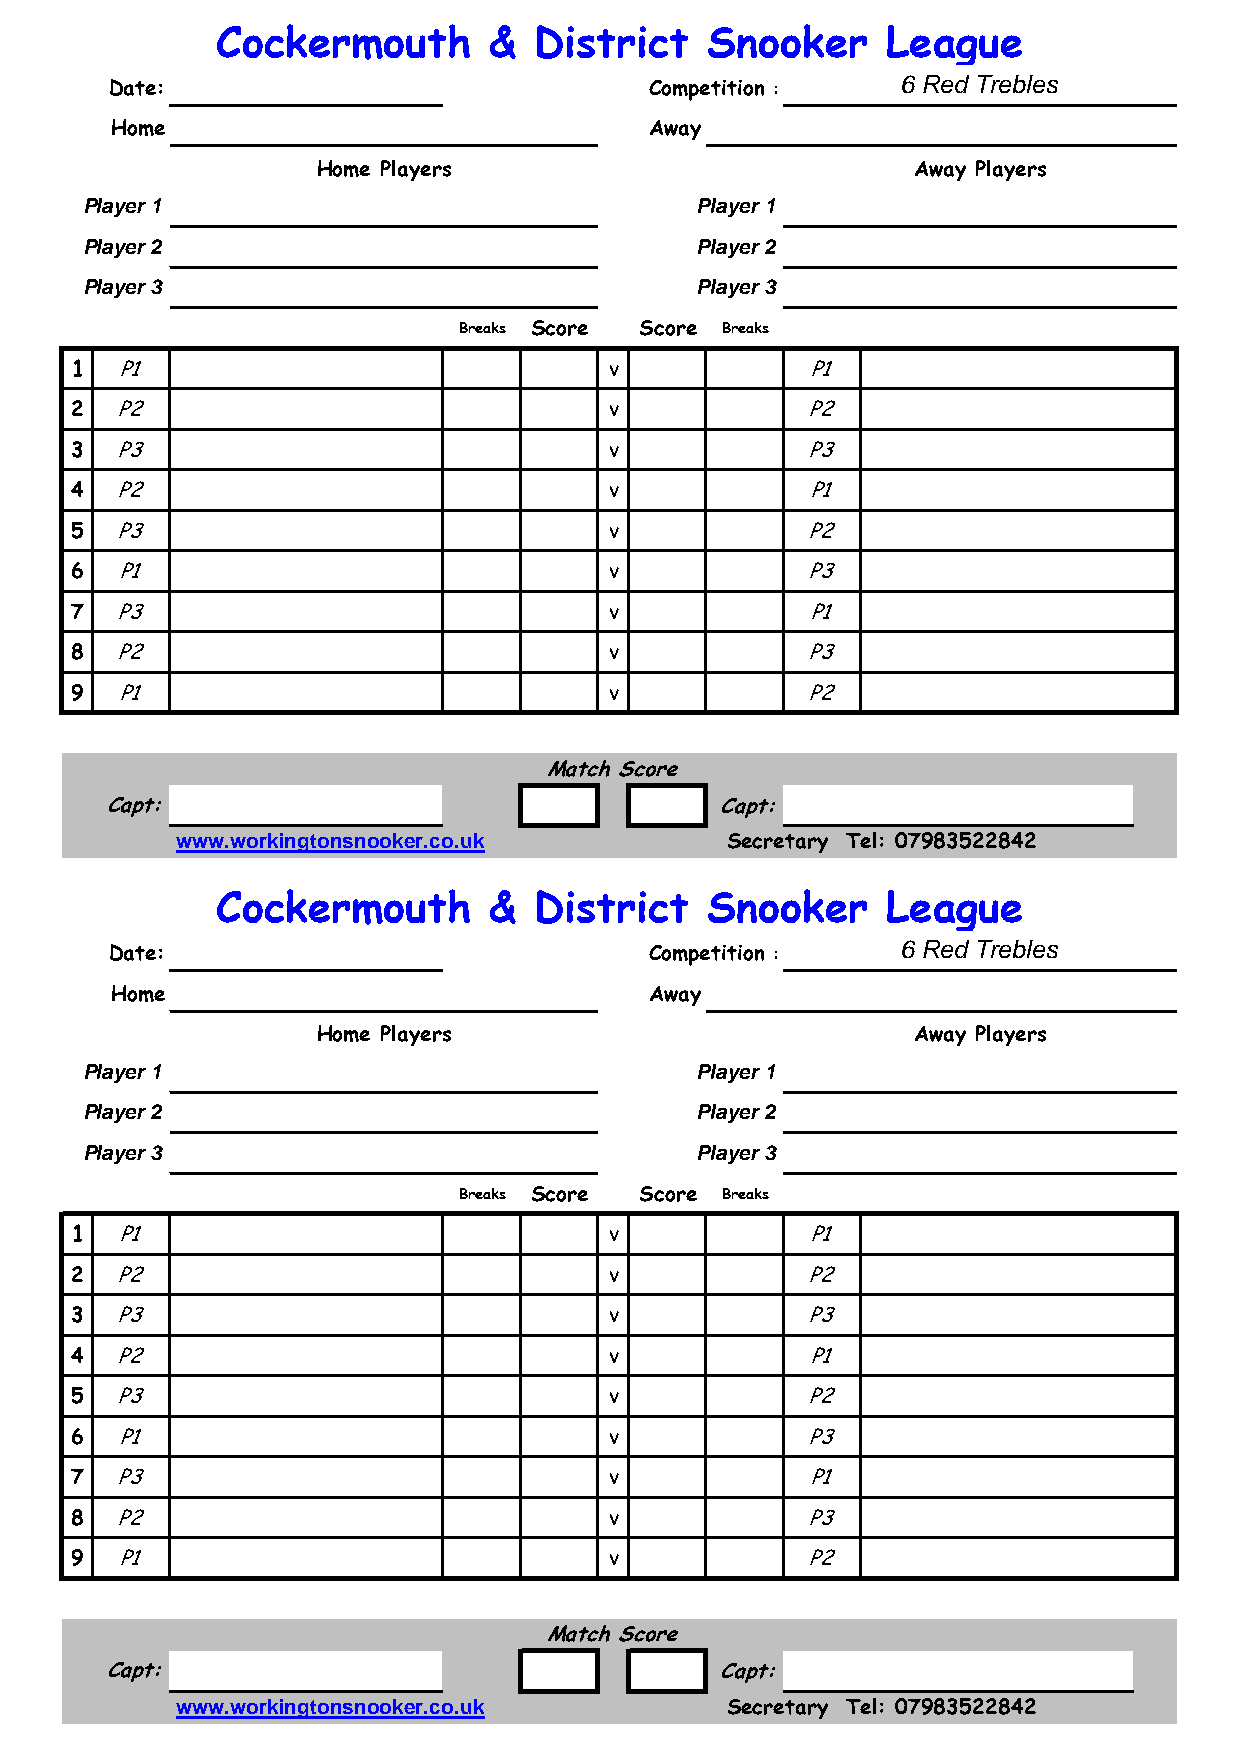
Cockermouth       &  District    Snooker     League
 6 Red Trebles
 Date:                               Competition :
 Home                                Away
 Home Players                           Away Players
 Player 1                                 Player 1
 Player 2                                 Player 2
 Player 3                                 Player 3
 Breaks Score Score Breaks
 1  P1                              v            P1
 2  P2                              v            P2
 3  P3                              v            P3
 4  P2                              v            P1
 5  P3                              v            P2
 6  P1                              v            P3
 7  P3                              v            P1
 8  P2                              v            P3
 9  P1                              v            P2
 Match Score
 Capt:                                    Capt:
 www.workingtonsnooker.co.uk         Secretary Tel: 07983522842
 Cockermouth       &  District    Snooker     League
 6 Red Trebles
 Date:                               Competition :
 Home                                Away
 Home Players                           Away Players
 Player 1                                 Player 1
 Player 2                                 Player 2
 Player 3                                 Player 3
 Breaks Score Score Breaks
 1  P1                              v            P1
 2  P2                              v            P2
 3  P3                              v            P3
 4  P2                              v            P1
 5  P3                              v            P2
 6  P1                              v            P3
 7  P3                              v            P1
 8  P2                              v            P3
 9  P1                              v            P2
 Match Score
 Capt:                                    Capt:
 www.workingtonsnooker.co.uk         Secretary Tel: 07983522842